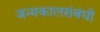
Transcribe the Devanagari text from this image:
जन्मकालसंबंधी